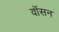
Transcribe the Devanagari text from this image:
वॉसन